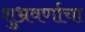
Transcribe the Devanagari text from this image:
शुभ्रवर्णाचा